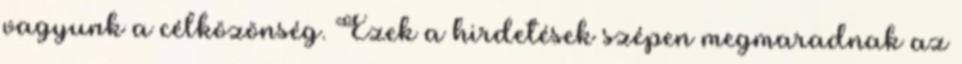
vagyunk a célközönség. Ezek a hirdetések szépen megmaradnak az